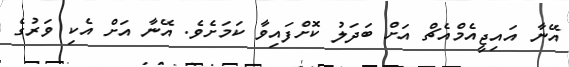
އޭނާ އައިޖީއެމްއެޗް އަށް ބަދަލު ކޮށްފައިވާ ކަމަށެވެ. އޭނާ އަށް އެކި ވަރުގެ